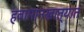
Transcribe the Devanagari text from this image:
हवामानखात्यात